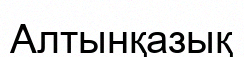
Алтынқазық